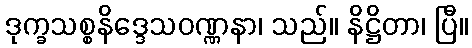
ဒုက္ခသစ္စနိဒ္ဒေသဝဏ္ဏနာ၊ သည်။ နိဋ္ဌိတာ၊ ပြီ။